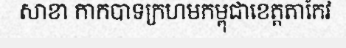
សាខា កាកបាទក្រហមកម្ពុជាខេត្តតាកែវ